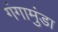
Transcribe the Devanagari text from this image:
गंगामुंडा